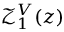
\protect \mathcal { Z } _ { 1 } ^ { V } ( z )